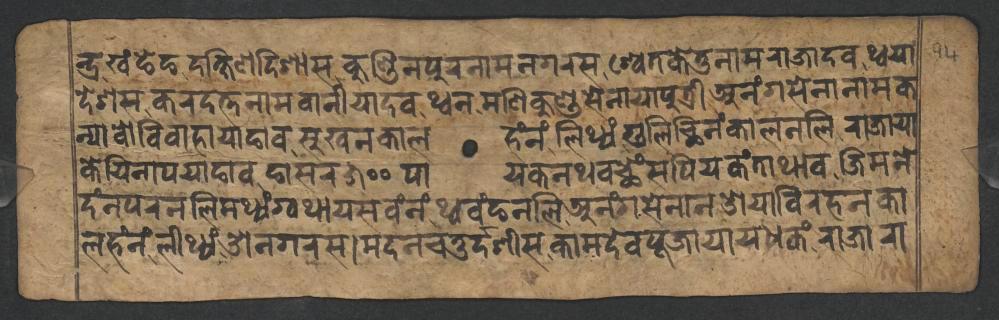
𑐣𑑂𑐡𑑂𑐬𑐏𑑄𑐒𑐾𑐒𑐡𑐎𑑂𑐲𑐶𑐞𑐡𑐶𑐱𑐵𑐳𑐎𑐸𑐞𑑂𑐜𑐶𑐣𑐥𑐸𑐬𑐣𑐵𑐩𑐣𑐐𑐬𑐳𑐱𑑂𑐰𑐾𑐟𑐎𑐾𑐟𑐸𑐣𑐵𑐩𑐬𑐵𑐖𑐵𑐡𑐰𑐠𑑂𑐰𑐫𑐵 𑐡𑐾𑐱𑐳𑐎𑐬𑐡𑐟𑑂𑐟𑐣𑐵𑐩𑐧𑐵𑐣𑐷𑐫𑐵𑐡𑐰𑐠𑑂𑐰𑐣𑐩𑐞𑐶𑐎𑐸𑐞𑑂𑐜𑐳𑐾𑐣𑐵𑐫𑐵𑐥𑐸𑐟𑑂𑐬𑐷𑐀𑐣𑑄𑐐𑐳𑐾𑐣𑐵𑐣𑐵𑐩𑐎 𑐣𑑂𑐫𑐵𑐰𑑀𑐰𑐶𑐰𑐵𑐴𑐵𑐫𑐵𑐒𑐵𑐰𑐳𑐸𑐏𑐣𑐎𑐵𑐮𑐴𑑄𑐣𑑄𑐮𑐶𑐠𑑂𑐫𑑄𑐐𑐸𑐮𑐶𑐕𑐶𑐣𑑄𑐎𑐵𑐮𑐣𑐮𑐶𑐬𑐵𑐖𑐵𑐫𑐵 𑐎𑐾𑐫𑐶𑐣𑐵𑐥𑐫𑐵𑐒𑐵𑐰𑐒𑐵𑐳𑐬𑑕𑑐𑑐𑐥𑐵𑐫𑐎𑐣𑐠𑐰𑐕𑐾𑑄𑐳𑐥𑐶𑐫𑐎𑑄𑐟𑐵𑐠𑐵𑐰𑐖𑐶𑐩𑐣𑐾 𑐡𑑄𑐣𑐥𑐬𑐣𑐮𑐶𑐩𑐠𑑂𑐫𑑄𑐐𑑂𑐰𑐠𑐵𑐫𑐳𑐰𑑄𑐣𑑄𑐠𑑂𑐰𑐰𑑄𑐒𑐣𑐮𑐶𑐀𑐣𑑄𑐐𑐳𑐾𑐣𑐵𑐣𑐌𑐫𑐵𑐰𑐶𑐬𑐴𑐣𑐎𑐵 𑐮𑐴𑑄𑐣𑑄𑐮𑐶𑐠𑑂𑐫𑑄𑐌𑐣𑐐𑐬𑐳𑑋𑐩𑐡𑐣𑐔𑐟𑐸𑐬𑑂𑐡𑑂𑐡𑐱𑐷𑐳𑐎𑐵𑐩𑐡𑐾𑐰𑐥𑐹𑐖𑐵𑐫𑐵𑐫𑐢𑐎𑑄𑐬𑐵𑐖𑐵𑐬𑐵